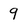
Character: 9